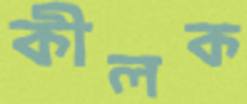
কীলক